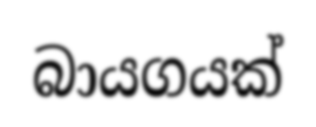
බායගයක්